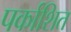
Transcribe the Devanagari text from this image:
पर्काशित